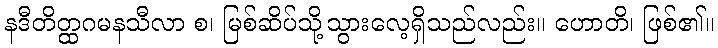
နဒီတိတ္ထဂမနသီလာ စ၊ မြစ်ဆိပ်သို့သွားလေ့ရှိသည်လည်း။ ဟောတိ၊ ဖြစ်၏။